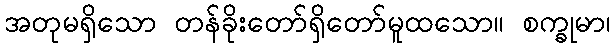
အတုမရှိသော တန်ခိုးတော်ရှိတော်မူထသော။ စက္ခုမာ၊